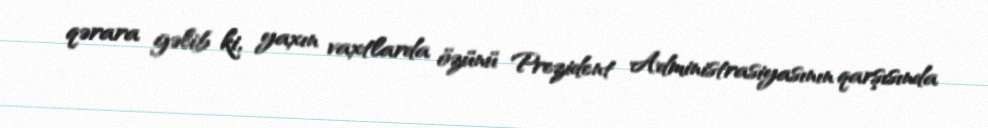
qərara gəlib ki, yaxın vaxtlarda özünü Prezident Administrasiyasının qarşısında